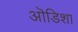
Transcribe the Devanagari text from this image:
ऒडिशा